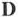
D